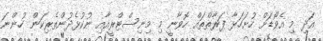
އަދި މި އެވޯޑަށް ހުށަހަޅާ ފަރާތްތައް ހޮވާނީ މި މިނިސްޓްރީއާއި ނުކުޅެދުންތެރިކަން ހުންނަ